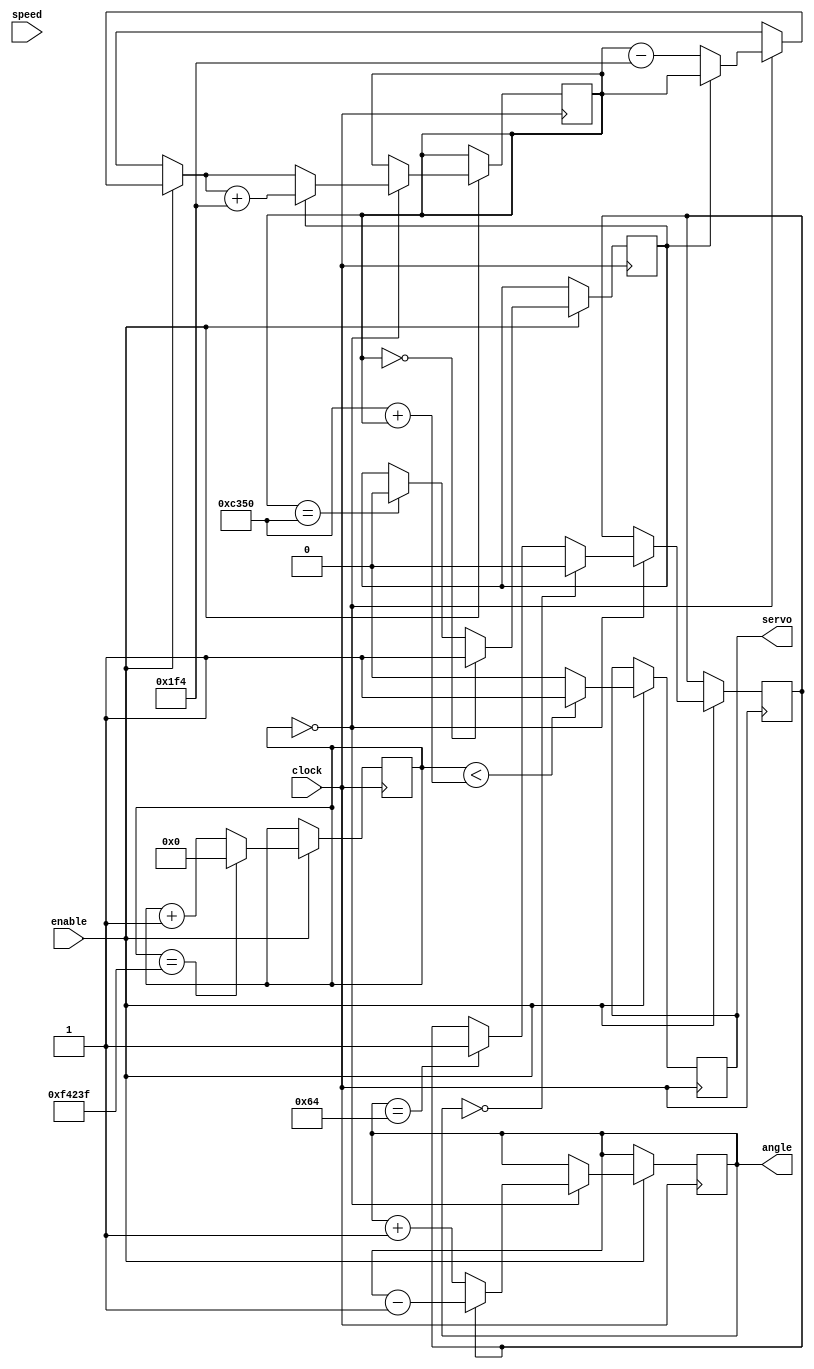
`timescale 1ns / 1ps

module ServoControl(
    input clock,
	 input enable,
	 input [1:0] speed, // NOT IMPLEMENTED YET; NOT WORKING PROPERLY WITH MY SERVO MOTOR
    output servo,
	 output [9:0] angle
    );

reg [19:0]	counter;

// reg [10:0]	constant = 250;  // NOT IMPLEMENTED YET; CONSTANT IS USED FOR SPEED

reg		servo_reg = 0;
reg	 	[9:0] dir;

reg [15:0] control	=	0;
reg 		  toggle			=	1;

reg 		  toggleDir		=	0;

always @(posedge clock)
begin

if(enable==1)
begin		
	counter <= counter + 1;
	if(counter == 'd999999)
			counter <= 0;

	if(counter < ('d50000 + control))
			servo_reg <= 1;
	else
			servo_reg <= 0;
		
	if(control == 'd50000)
			toggle <= 0;
	if(control == 0)
			toggle <= 1;

	if(counter == 0)
		begin
			if(toggle == 0)
					control = control - 500;

			if(toggle == 1)
					control = control + 500;

		if (toggleDir==0)
			dir <= dir + 1;
		else
			dir <= dir - 1;
		
		if (dir==100)
			toggleDir = 1;
		if (dir==0)
			toggleDir = 0;
	end

end

end

assign servo	= servo_reg;
assign angle	= dir;

endmodule